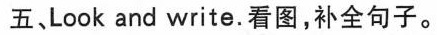
五、Look and write.看图,补全句子。